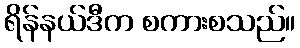
ရိန်နယ်ဒီက စကားစသည်။